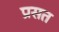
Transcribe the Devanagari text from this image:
प्रसत